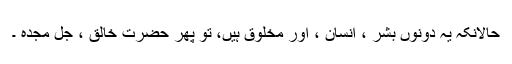
حالانکہ یہ دونوں بشر ، انسان ، اور مخلوق ہیں، تو پھر حضرت خالق ، جل مجدہ ۔